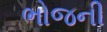
ભોજની